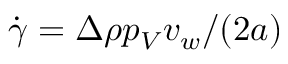
\dot { \gamma } = \Delta \rho p _ { V } v _ { w } / ( 2 a )